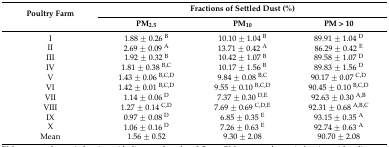
| <ROWSPAN=2> Poultry Farm | <COLSPAN=3> Fractions of Settled Dust (%) |
 | PM2.5 | PM10 | PM > 10 |
 | --- | --- | --- | --- |
 | I | 1.88 ± 0.26 B | 10.10 ± 1.04 B | 89.91 ± 1.04 D |
 | II | 2.69 ± 0.09 A | 13.71 ± 0.42 A | 86.29 ± 0.42 E |
 | III | 1.92 ± 0.32 B | 10.42 ± 1.07 B | 89.58 ± 1.07 D |
 | IV | 1.81 ± 0.38 B,C | 10.17 ± 1.56 B | 89.83 ± 1.56 D |
 | V | 1.43 ± 0.06 B,C,D | 9.84 ± 0.08 B,C | 90.17 ± 0.07 C,D |
 | VI | 1.42 ± 0.01 B,C,D | 9.55 ± 0.10 B,C,D | 90.45 ± 0.10 B,C,D |
 | VII | 1.14 ± 0.06 D | 7.37 ± 0.30 D,E | 92.63 ± 0.30 A,B |
 | VIII | 1.27 ± 0.14 C,D | 7.69 ± 0.69 C,D,E | 92.31 ± 0.68 A,B,C |
 | IX | 0.97 ± 0.08 D | 6.85 ± 0.35 E | 93.15 ± 0.35 A |
 | X | 1.06 ± 0.16 D | 7.26 ± 0.63 E | 92.74 ± 0.63 A |
 | Mean | 1.56 ± 0.52 | 9.30 ± 2.08 | 90.70 ± 2.08 |